Report of the Indian Hemp Drugs Commission, 1894-1895 - Volume V
Year: 1894
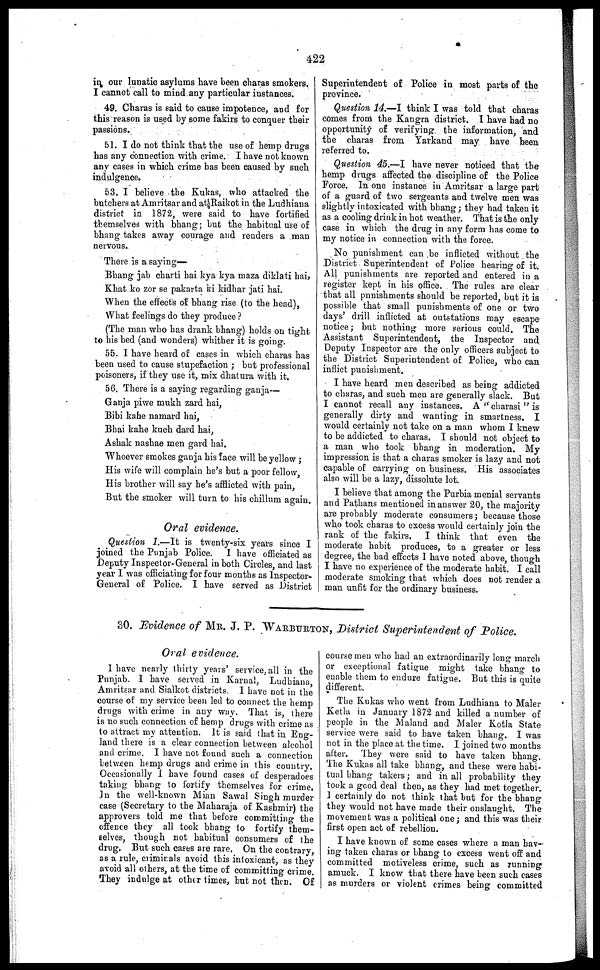
422
in our lunatic asylums have been charas smokers.
I cannot call to mind any particular instances.
49. Charas is said to cause impotence, and for
this reason is used by some fakirs to conquer their
passions.
51. I do not think that the use of hemp drugs
has any connection with crime. I have not known
any cases in which crime has been caused by such
indulgence.
53. 1 believe the Kukas, who attacked the
butchers at Amritsar and at Raikot in the Ludhiana
district in 1872, were said to have fortified
themselves with bhang; but the habitual use of
bhang takes away courage and renders a man
nervous.
There is a saying—
Bhang jab charti bai kya kya maza diklati hai,
Khat ko zor sc pakarta ki kidhar jati hai.
When the effects of bhang rise (to the head),
What feelings do they produce ?
(The man who has drank bhang) holds on tight
to his bed (and wonders) whither it is going.
55. I have heard of cases in which charas has
been used to cause stupefaction ; but professional
poisoners, if they use it, mix dhatura with it.
56. There is a saying regarding ganja—
Ganja piwe mukh zard hai,
Bibi kahe namard hai,
Bhai kahe kuch dard hai,
Ashak nashae men gard hai.
Whoever smokes ganja his face will be yellow ;
His wife will complain he's but a poor fellow,
His brother will say he's afflicted with pain,
But the smoker will turn to his chillum again.
Oral evidence.
Question 1.—It is twenty-six years since I
joined the Punjab Police. I have officiated as
Deputy Inspector-General in both Circles, and last
year I was officiating for four months as Inspector-
General of Police. I have served as District
Superintendent of Police in most parts of the
province.
Question 14.—I think I was told that charas
comes from the Kangra district. I have had no
opportunity of verifying the information, and
the charas from Yarkand may have been
referred to.
Question 45.—I have never noticed that the
hemp drugs affected the discipline of the Police
Force. In one instance in Amritsar a large part
of a guard of two sergeants and twelve men was
slightly intoxicated with bhang; they had taken it
as a cooling drink in hot weather. That is the only
case in which the drug in any form has come to
my notice in connection with the force.
No punishment can be inflicted without the
District Superintendent of Police hearing of it.
All punishments are reported and entered in a
register kept in his office. The rules are clear
that all pnnishments should be reported, but it is
possible that small punishments of one or two
days' drill inflicted at outstations may escape
notice; but nothing more serious could. The
Assistant Superintendent, the Inspector and
Deputy Inspector are the only officers subject to
the District Superintendent of Police, who can
inflict punishment.
I have heard men described as being addicted
to charas, and such men are generally slack. But
I cannot recall any instances. A "charasi " is
generally dirty and wanting in smartness, I
would certainly not take on a man whom I knew
to be addicted to charas. I should not object to
a man who took bhang in moderation. My
impression is that a charas smoker is lazy and not
capable of carrying on business. His associates
also will be a lazy, dissolute lot.
I believe that among the Purbia menial servants
and Pathans mentioned in answer 20, the majority
are probably moderate consumers; because those
who took charas to excess would certainly join the
rank of the fakirs. I think that even the
moderate habit produces, to a greater or less
degree, the bad effects I have noted above, though
I have no experience of the moderate habit. I call
moderate smoking that which does not render a
man unfit for the ordinary business.
30. Evidence of MR. J. P. "WARBURTON , District Superintendent of Police,
Oral evidence.
1 have nearly thirty years' service, all in the
Punjab. I have served in Karnal, Ludhiana,
Amritsar and Sialkot districts. 1 have not in the
course of my service been led to connect the hemp
drugs with crime in any way. That is, there
is no such connection of hemp drugs with crime as
to attract my attention. It is said that in Eng-
land there is a clear connection between alcohol
and crime. I have not found such a connection
between hemp drugs and crime in this country.
Occasionally I have found cases of desperadoes
taking bhang to fortify themselves for crime.
In the well-known Mian Sawal Singh murder
case (Secretary to the Maharaja of Kashmir) the
approvers told me that before committing the
offence they all took bhang to fortify them-
selves, though not habitual consumers of the
drug. But such cases are rare. On the contrary,
as a rule, criminals avoid this intoxicant, as they
avoid all others, at the time of committing crime,
They indulge at other times, but not then. Of
course men who had an extraordinarily long march
or exceptional fatigue might take bhang to
enable them to endure fatigue. But this is quite
different.
The Kukas who went from Ludhiana to Maler
Ketla in January 1872 and killed a number of
people in the Maland and Maler Kotla State
service were said to have taken bhang. I was
not in the place at the time. I joined two months
after. They were said to have taken bhang.
The Kukas all take bhang, and these were habi-
tual bhang takers; and in all probability they
took a good deal then, as they had met together.
I certainly do not think that but for the bhang
they would not have made their onslaught. The
movement was a political one; and this was their
first open act of rebellion.
I have known of some eases where a man hav-
ing taken charas or bhang to excess went off and
committed motiveless crime, such as running
amuck. I know that there have been such cases
as murders or violent crimes being committed